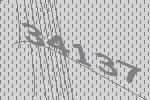
34137